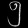
Digit: ၅